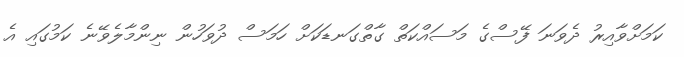
ކަމަށްވާއިރު ދެވަނަ ފޭސްގެ މަސައްކަތް ގާތްގަނޑަކަށް ހަމަސް ދުވަހުން ނިންމާލެވޭނެ ކަމުގައި އެ